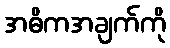
အဓိကအချက်ကို